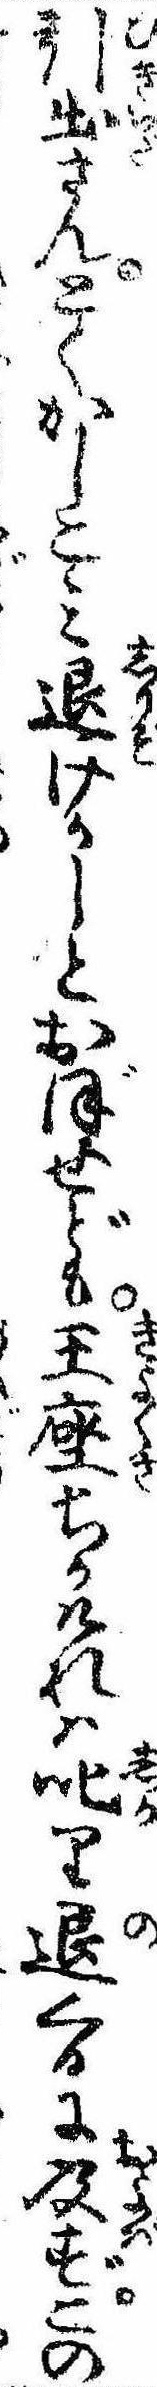
引出さんとくかしこみ退けかしとおぼせども王座ちかけれは叱り退くるに及ずこの